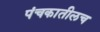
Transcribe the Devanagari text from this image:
पंचकातीलच